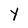
Character: Y